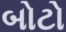
બોટો